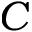
C